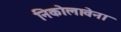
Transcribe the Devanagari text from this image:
निकोलावेना